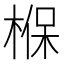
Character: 椺